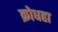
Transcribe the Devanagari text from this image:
क्रोधहा